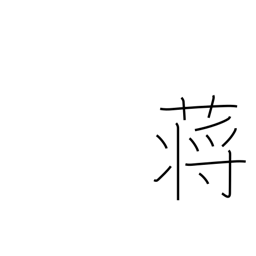
Meaning: reed